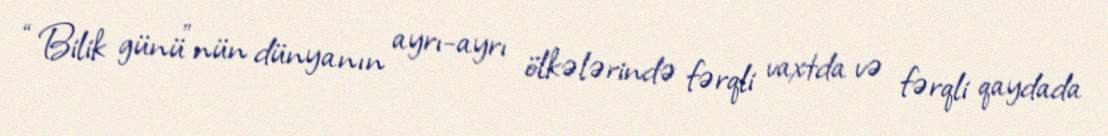
“Bilik günü”nün dünyanın ayrı-ayrı ölkələrində fərqli vaxtda və fərqli qaydada